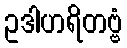
ဥဒါဟရိတဗ္ဗံ